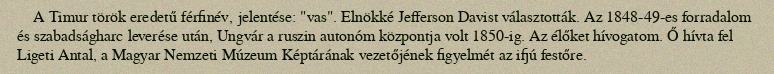
A Timur török eredetű férfinév, jelentése: "vas". Elnökké Jefferson Davist választották. Az 1848-49-es forradalom és szabadságharc leverése után, Ungvár a ruszin autonóm központja volt 1850-ig. Az élőket hívogatom. Ő hívta fel Ligeti Antal, a Magyar Nemzeti Múzeum Képtárának vezetőjének figyelmét az ifjú festőre.